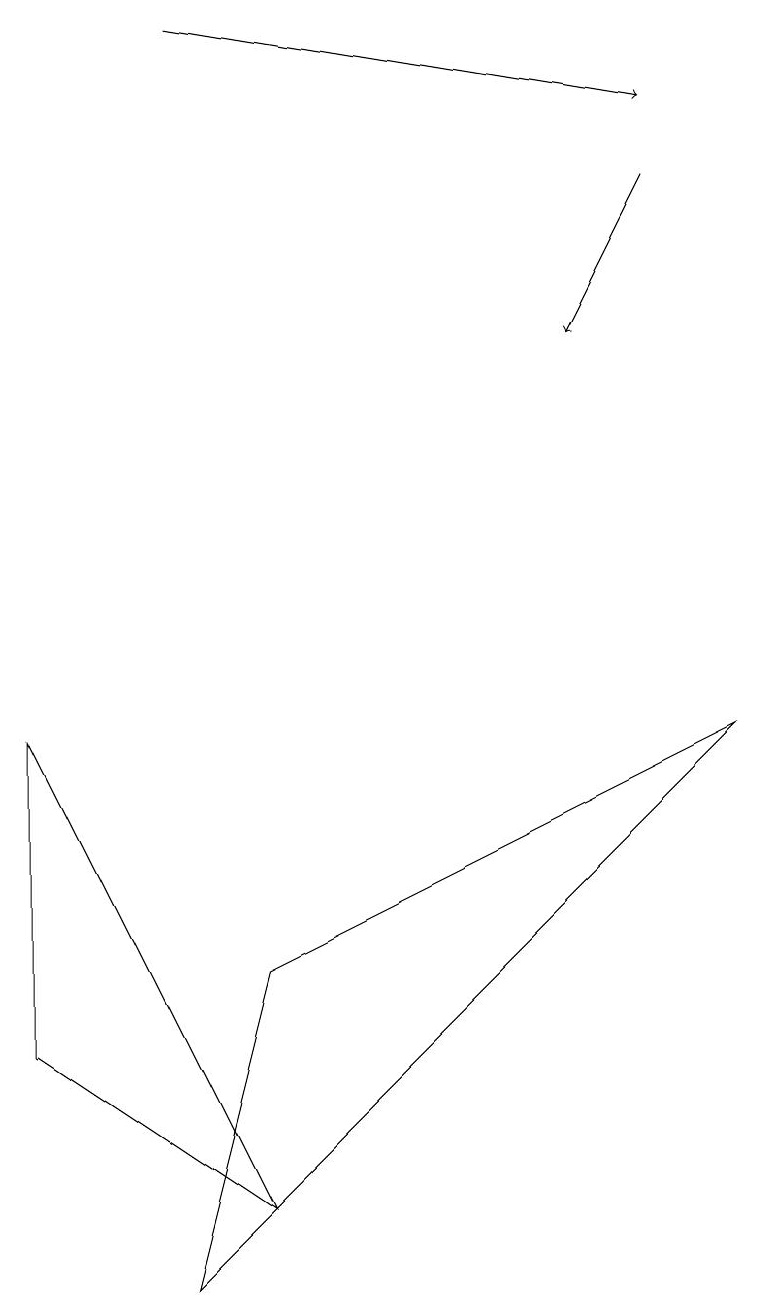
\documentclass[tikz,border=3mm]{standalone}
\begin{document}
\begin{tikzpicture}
\draw (3,4) -- (2,0) -- (9,7) -- cycle;
\draw[->] (8,14) -- (7,12);
\draw[->] (2,16) -- (8,15);
\draw (3,1) -- (0,3) -- (0,7) -- cycle;
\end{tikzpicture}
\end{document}